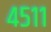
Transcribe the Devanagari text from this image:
४५११